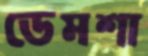
ডেমশা